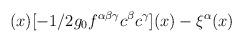
LaTeX: \begin{align*}(x)[-1/2g_{0}f^{\alpha \beta \gamma }c^{\beta }c^{\gamma }](x)-\xi ^{\alpha }(x)\end{align*}